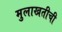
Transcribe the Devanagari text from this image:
मुलाखतीची